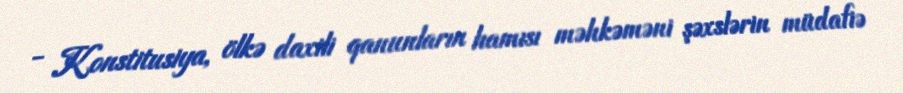
- Konstitusiya, ölkə daxili qanunların hamısı məhkəməni şəxslərin müdafiə